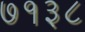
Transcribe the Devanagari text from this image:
७१३८